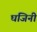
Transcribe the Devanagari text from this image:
घजिनी